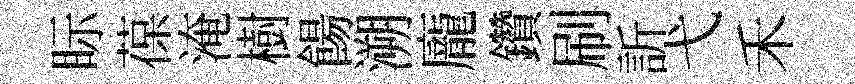
眎葆淹樹餳溯龐鑽刷訢弋禾